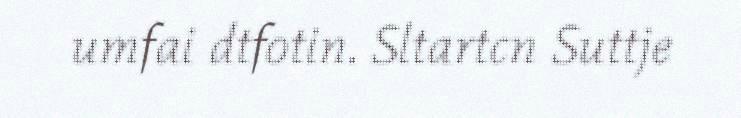
umfai dtfotin. Sltartcn Suttje